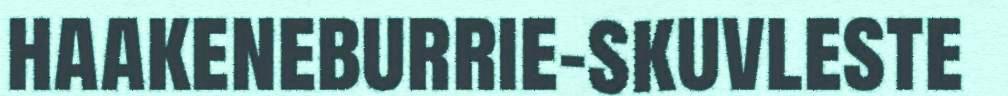
haakeneburrie-skuvleste